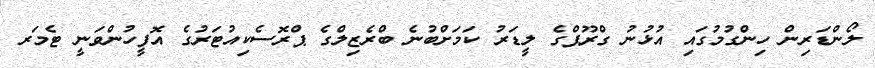
ލޯންޑަރިން ހިންގުމުގައި އުޅުނު ގްރޫޕްގެ ލީޑަރު ކަމަށްބުނެ ބްރެޒިލްގެ ޕްރޮސެކިއުޓަރުގެ އޮފީހުންވަނީ ޓެމަރ